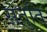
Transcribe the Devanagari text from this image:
संतुति